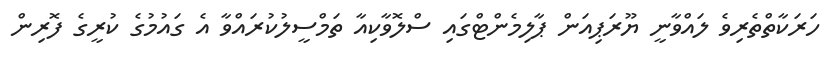
ހަރަކާތްތެރިވެ ލައްވާނީ ޔޫރަޕިއަން ޕާލިމެންޓްގައި ސްލޮވާކިއާ ތަމްސީލުކުރައްވާ އެ ގައުމުގެ ކުރީގެ ފޮރިން